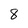
Character: 8